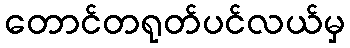
တောင်တရုတ်ပင်လယ်မှ